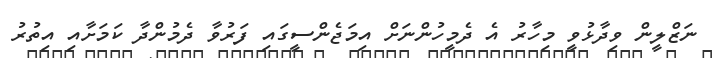
ނަޒްލީން ވިދާޅުވީ މިހާރު އެ ދެމީހުންނަށް އިމަޖެންސީގައި ފަރުވާ ދެމުންދާ ކަމަށާއި އިތުރު